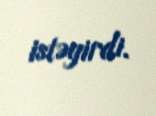
istəyirdi.